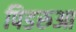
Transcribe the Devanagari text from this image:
पिडरुआ